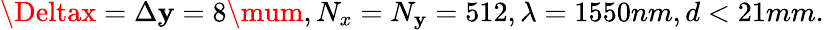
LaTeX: \Deltax=\Delta\mathbf{y}=8\mum,N_{x}=N_{\mathbf{y}}=512,\lambda=1550nm,d<21mm.